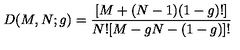
D ( M , N ; g ) = \frac { [ M + ( N - 1 ) ( 1 - g ) ! ] } { N ! [ M - g N - ( 1 - g ) ] ! }